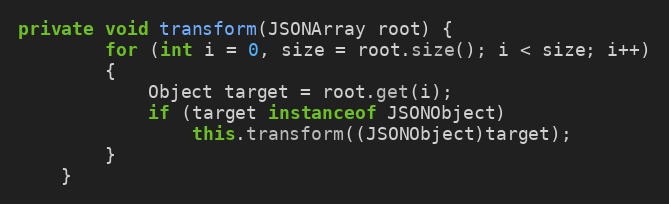
Language: Java
private void transform(JSONArray root) {
        for (int i = 0, size = root.size(); i < size; i++)
        {
            Object target = root.get(i);
            if (target instanceof JSONObject)
                this.transform((JSONObject)target);
        }
    }